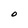
Character: O